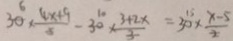
3 0 \times \frac { 4 x + 9 } { 5 } - 3 0 \times \frac { 3 + 2 x } { 3 } = 3 0 \times \frac { x - 5 } { 2 }